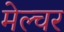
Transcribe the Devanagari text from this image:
मेल्चर